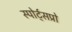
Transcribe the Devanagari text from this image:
स्पोर्ट्‌सप्रो